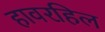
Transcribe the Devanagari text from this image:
हावरहिल